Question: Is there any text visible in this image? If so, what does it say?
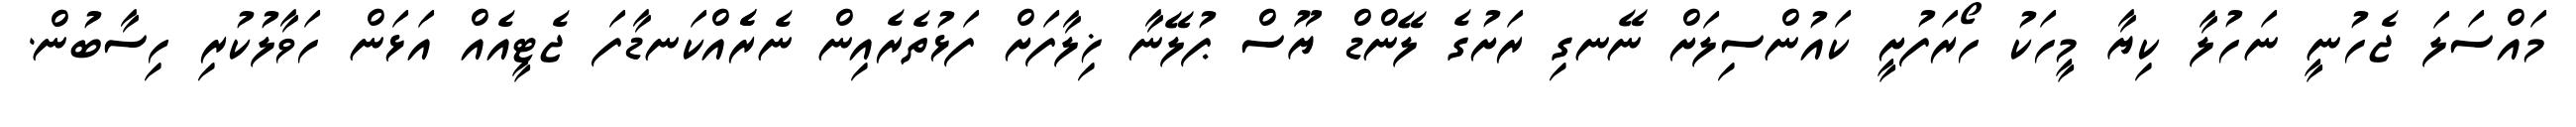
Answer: މައްސަލަ ޖެހުނީ ނަހުލާ ކިޔާ މީހަކު ހޯރަފުށީ ކައުންސިލަށް ނޭނގި ރަށުގެ ލޭންޑް ޔޫސް ޕުލޭނާ ޚިލާފަށް ފަޅުތެރެއިން ނެރެެއްކަނޑާފަ ޖެޓީއެއް އަޅަން ހަވާލުކުރި ހިސާބުން.